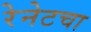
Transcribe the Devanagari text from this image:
रेनेटचा